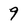
Character: 9